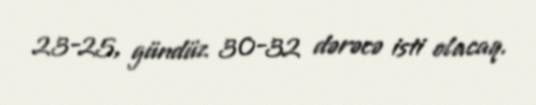
23-25, gündüz 30-32 dərəcə isti olacaq.